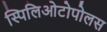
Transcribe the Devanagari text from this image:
स्पिलिओटोपोलस